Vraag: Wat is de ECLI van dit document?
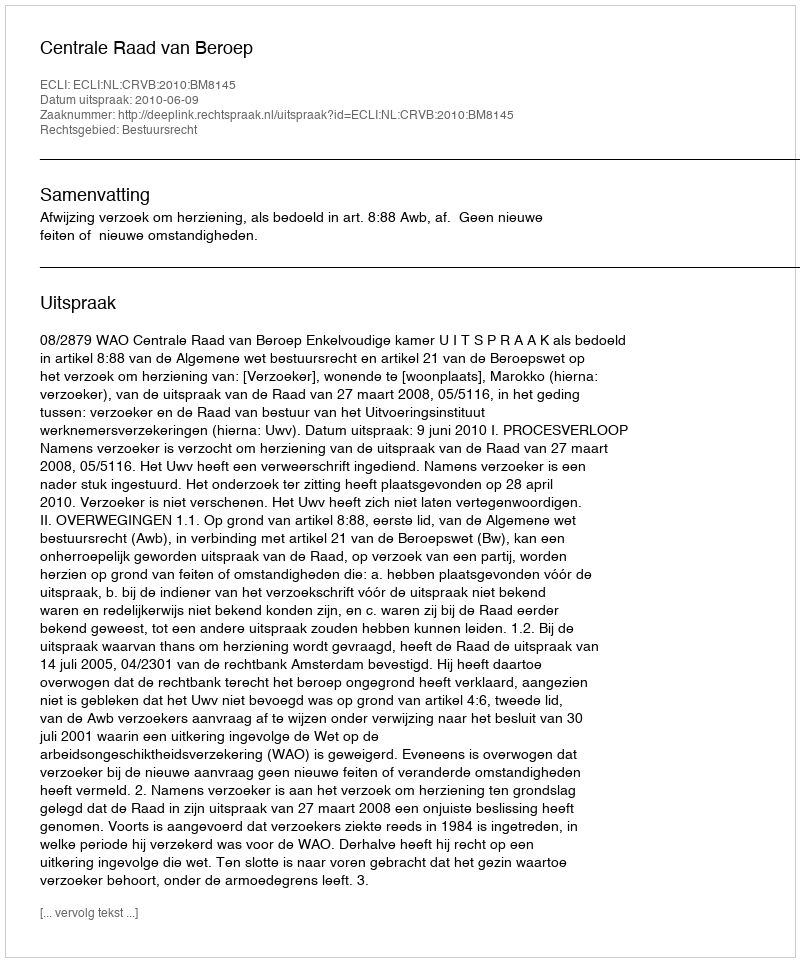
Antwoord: ECLI:NL:CRVB:2010:BM8145